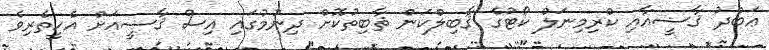
ޢަބްދު ޤާޟީއާއި ކްރިމިނަލް ކޯޓުގެ ޤާބިލްކަން ޘާބިތުކޮށް ދިނުމުގައި އިސް ޤާޟީއަށް އެހީތެރިވެ